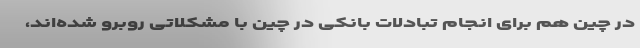
در چین هم برای انجام تبادلات بانکی در چین با مشکلاتی روبرو شده‌اند،